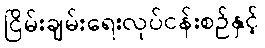
ငြိမ်းချမ်းရေးလုပ်ငန်းစဉ်နှင့်